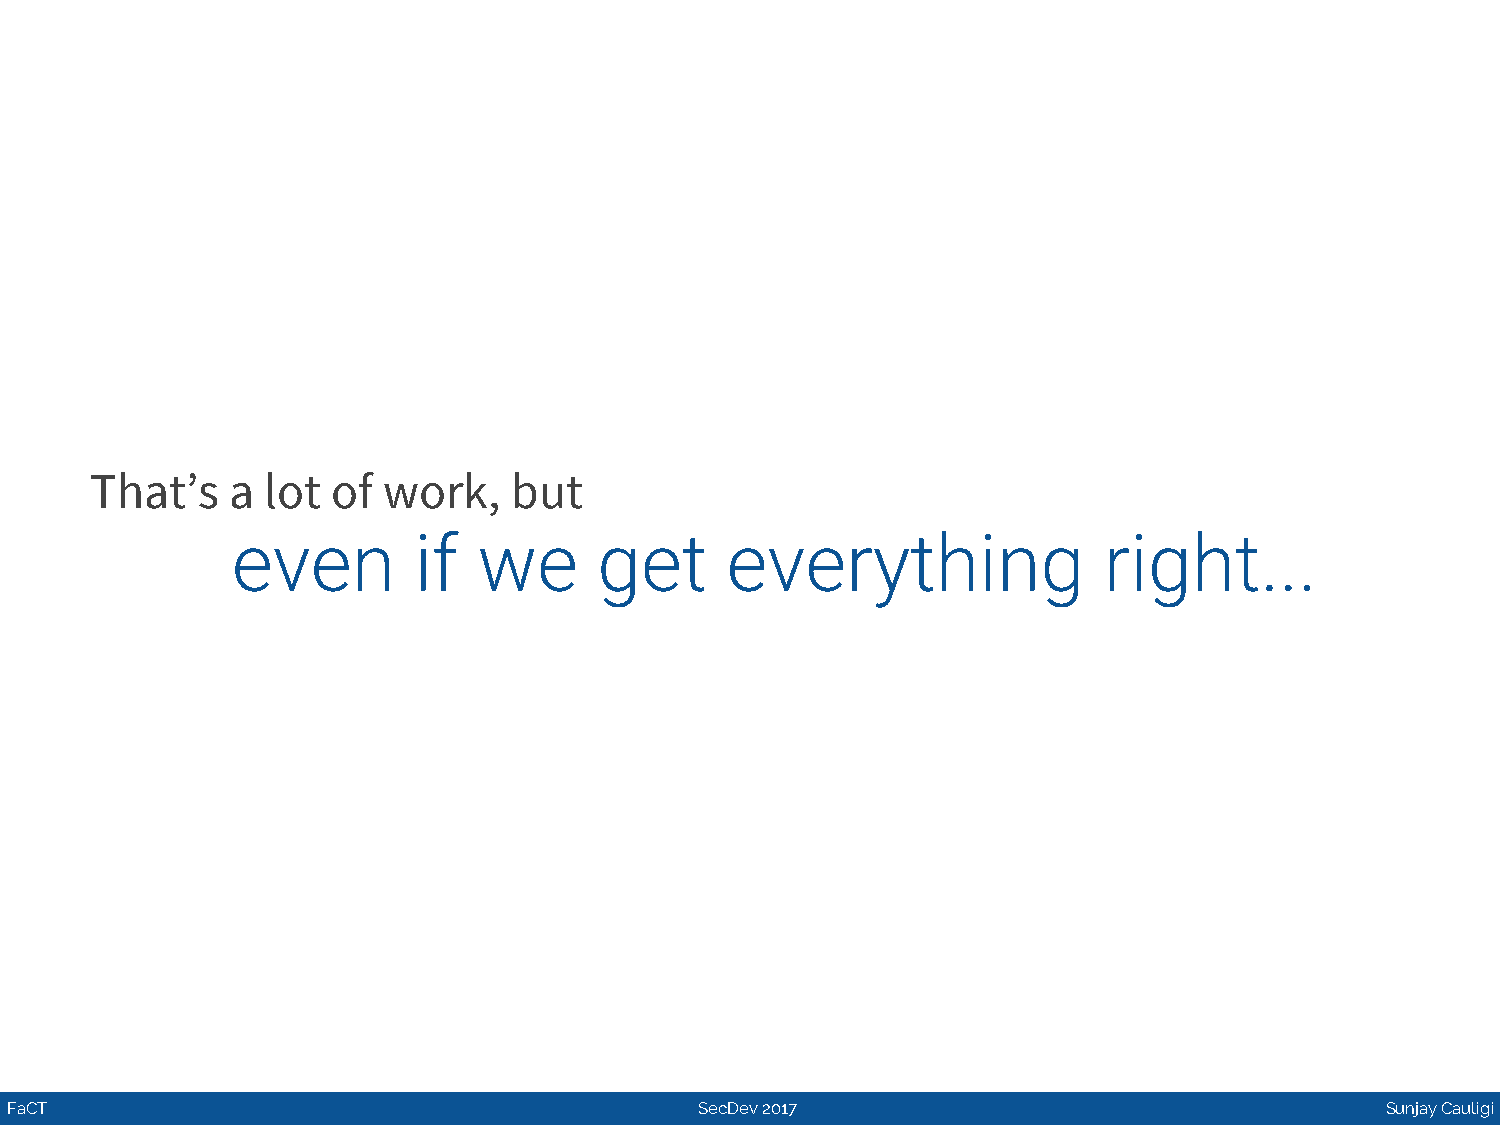
That’s   a  lot of work,    but
 even        if   we      get     everything               right...
 FaCT                                          SecDev 2017                                   Sunjay Cauligi